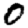
Digit: 0